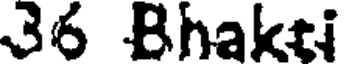
36 Bhakti